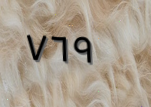
٧٦٩